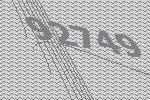
92749